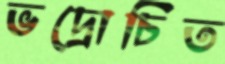
ভদ্রোচিত